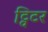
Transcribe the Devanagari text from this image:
ट्विटर